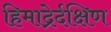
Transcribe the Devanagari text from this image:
हिमाद्रेर्दक्षिण